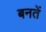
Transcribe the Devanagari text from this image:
बनतें